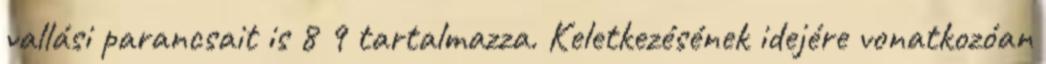
vallási parancsait is 8 9 tartalmazza. Keletkezésének idejére vonatkozóan